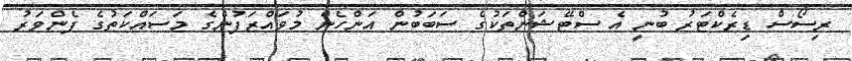
ރިސޯސް ޑިރެކްޓަރު ބުނީ އެ ސްޓޭޝަންތަކުގެ ސަބަބުން އަންހެން މުވައްޒަފުންގެ މަސައްކަތުގެ ފެންވަރު